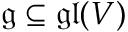
{ \mathfrak { g } } \subseteq { \mathfrak { g l } } ( V )